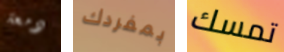
دمعة بمفردك تمسك